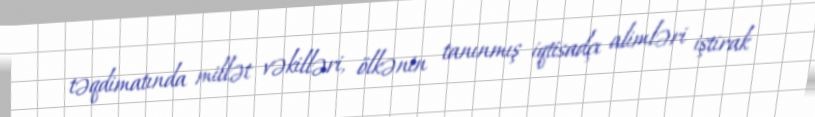
təqdimatında millət vəkilləri, ölkənin tanınmış iqtisadçı alimləri iştirak